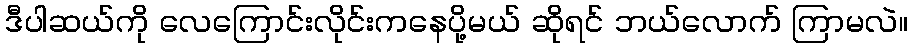
ဒီပါဆယ်ကို လေကြောင်းလိုင်းကနေပို့မယ် ဆိုရင် ဘယ်လောက် ကြာမလဲ။